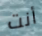
أنت